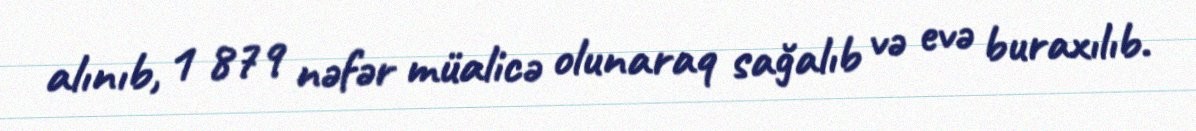
alınıb, 1 879 nəfər müalicə olunaraq sağalıb və evə buraxılıb.